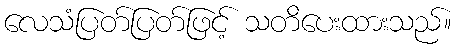
လေသံပြတ်ပြတ်ဖြင့် သတိပေးထားသည်။